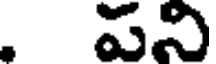
. పని